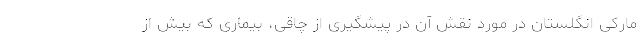
مارکی انگلستان در مورد نقش آن در پیشگیری از چاقی، بیماری که بیش از